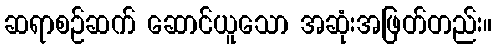
ဆရာစဉ်ဆက် ဆောင်ယူသော အဆုံးအဖြတ်တည်း။